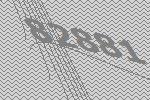
82881